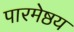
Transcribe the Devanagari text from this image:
पारमेष्ठय